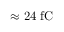
\approx 2 4 ~ \mathrm { f C }